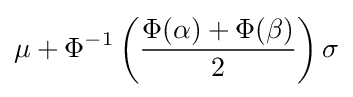
\mu +\Phi ^{-1}\left({\frac {\Phi (\alpha )+\Phi (\beta )}{2}}\right)\sigma